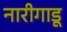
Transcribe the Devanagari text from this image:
नारीगाडू